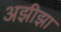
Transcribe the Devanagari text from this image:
अझीझा